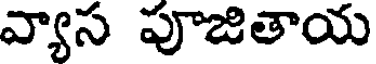
వ్యాస పూజితాయ